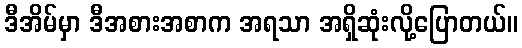
ဒီအိမ်မှာ ဒီအစားအစာက အရသာ အရှိဆုံးလို့ပြောတယ်။